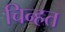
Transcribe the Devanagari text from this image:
चिन्हत